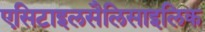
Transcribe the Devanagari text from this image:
एसिटाइलसैलिसाइलिक